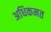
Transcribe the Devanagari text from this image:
अधिकमत